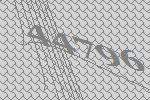
44796